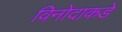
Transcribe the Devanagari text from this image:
विनोदाकडे